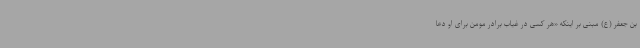
‌بن جعفر (ع) مبنی بر اینکه «هر کسی در غیاب برادر مومن برای او دعا